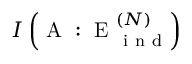
I \left( \mathrm { ~ A ~ } : \mathrm { ~ E ~ } _ { \mathrm { ~ i ~ n ~ d ~ } } ^ { ( N ) } \right)